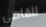
للقاضي